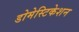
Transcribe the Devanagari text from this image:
डोमेस्टिकेशन